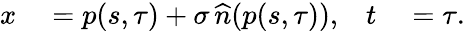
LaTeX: \begin{array}{rlrl}{x}&{{}=p(s,\tau)+\sigma\, \widehat{n}(p(s,\tau)),}&{t}&{{}=\tau.}\end{array}